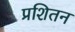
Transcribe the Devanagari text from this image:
प्रशितन